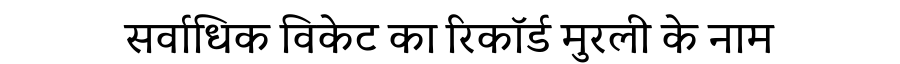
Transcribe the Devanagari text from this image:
सर्वाधिक विकेट का रिकॉर्ड मुरली के नाम